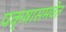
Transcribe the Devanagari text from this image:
पक्षासमवेत